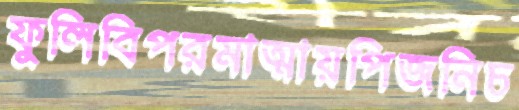
ফুলিবিপরমাত্মায়পিজনিচ